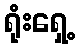
ရုံးရှေ့